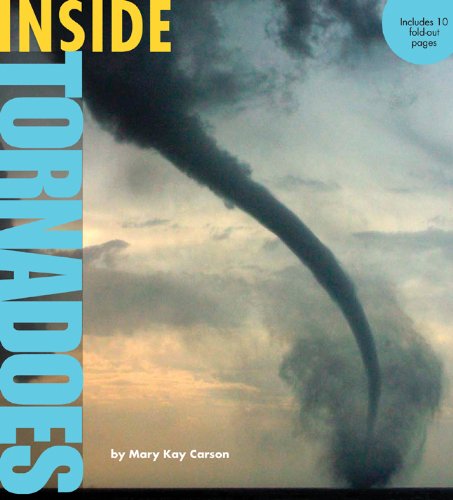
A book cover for Inside Tornadoes (Inside Series); Mary Kay Carson; Science & Math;